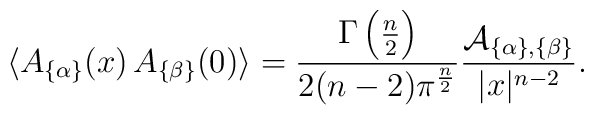
\langle A_{\{\alpha\}}(x)\, A_{\{\beta\}}(0) \rangle={\Gamma\left({n\over 2}\right)\over 2(n-2)\pi^{n\over 2}}{{\cal A}_{\{\alpha\},\{\beta\}}\over |x|^{n-2}}.